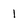
Character: l